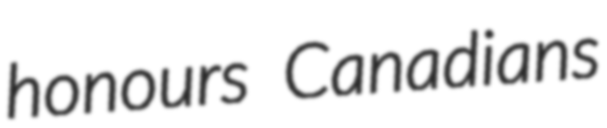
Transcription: honours Canadians